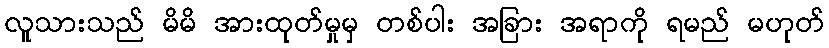
လူသားသည် မိမိ အားထုတ်မှုမှ တစ်ပါး အခြား အရာကို ရမည် မဟုတ်